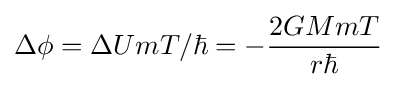
\Delta \phi =\Delta UmT/\hbar =-{\frac {2GMmT}{r\hbar }}